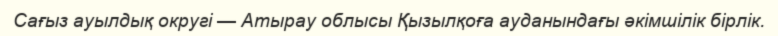
Сағыз ауылдық округі — Атырау облысы Қызылқоға ауданындағы әкімшілік бірлік.